Report of the Indian Hemp Drugs Commission, 1894-1895 - Volume I
Year: 1894
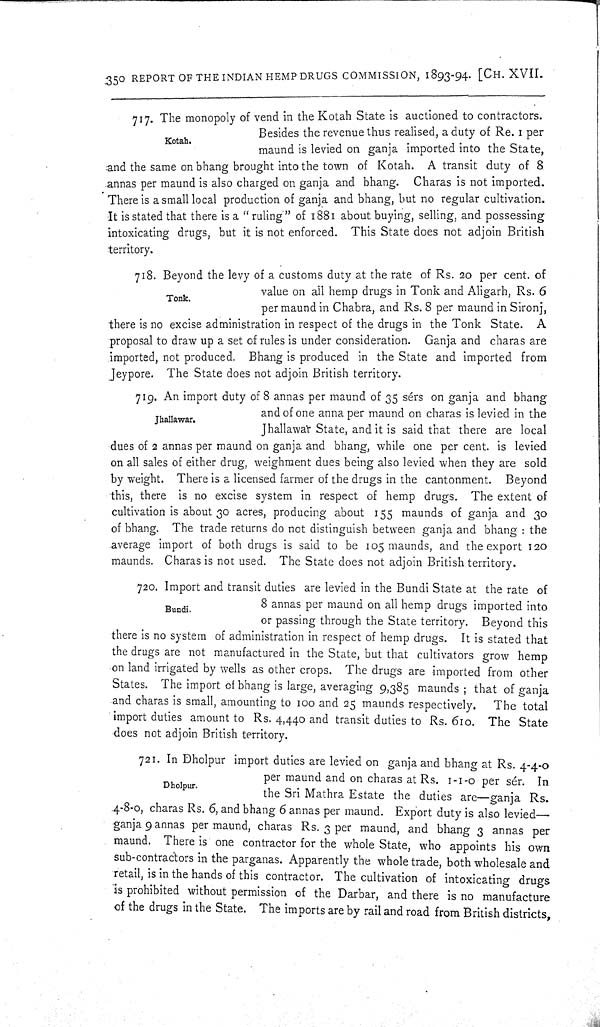
350 REPORT OF THE INDIAN HEMP DRUGS COMMISSION, 1893-94. [CH. XVII.
Kotah.
717. The monopoly of vend in the Kotah State is auctioned to contractors.
Besides the revenue thus realised, a duty of Re. 1 per
maund is levied on ganja imported into the State,
and the same on bhang brought into the town of Kotah. A transit duty of 8
annas per maund is also charged on ganja and bhang. Charas is not imported.
There is a small local production of ganja and bhang, but no regular cultivation.
It is stated that there is a "ruling" of 1881 about buying, selling, and possessing
intoxicating drugs, but it is not enforced. This State does not adjoin British
territory.
Tonk.
718. Beyond the levy of a customs duty at the rate of Rs. 20 per cent. of
value on all hemp drugs in Tonk and Aligarh, Rs. 6
per maund in Chabra, and Rs. 8 per maund in Sironj,
there is no excise administration in respect of the drugs in the Tonk State. A
proposal to draw up a set of rules is under consideration. Ganja and charas are
imported, not produced. Bhang is produced in the State and imported from
Jeypore. The State does not adjoin British territory.
Jhallawar.
719. An import duty of 8 annas per maund of 35 sérs on ganja and bhang
and of one anna per maund on charas is levied in the
Jhallawar State, and it is said that there are local
dues of 2 annas per maund on ganja and bhang, while one per cent. is levied
on all sales of either drug, weighment dues being also levied when they are sold
by weight. There is a licensed farmer of the drugs in the cantonment. Beyond
this, there is no excise system in respect of hemp drugs. The extent of
cultivation is about 30 acres, producing about 155 maunds of ganja and 30
of bhang. The trade returns do not distinguish between ganja and bhang: the
average import of both drugs is said to be 105 maunds, and the export 120
maunds. Charas is not used. The State does not adjoin British territory.
Bundi.
720. Import and transit duties are levied in the Bundi State at the rate of
8 annas per maund on all hemp drugs imported into
or passing through the State territory. Beyond this
there is no system of administration in respect of hemp drugs. It is stated that
the drugs are not manufactured in the State, but that cultivators grow hemp
on land irrigated by wells as other crops. The drugs are imported from other
States. The import of bhang is large, averaging 9,385 maunds; that of ganja
and charas is small, amounting to 100 and 25 maunds respectively.
The total
import duties amount to Rs. 4,440 and transit duties to Rs. 610. The State
does not adjoin British territory.
Dholpur.
721. In Dholpur import duties are levied on ganja and bhang at Rs. 4-4-0
per maund and on charas at Rs. 1-1-0 per sér. In
the Sri Mathra Estate the duties are—ganja Rs.
4-8-0, charas Rs. 6, and bhang 6 annas per maund. Export duty is also levied—
ganja 9 annas per maund, charas Rs. 3 per maund, and bhang 3 annas per
maund. There is one contractor for the whole State, who appoints his own
sub-contractors in the parganas. Apparently the whole trade, both wholesale and
retail, is in the hands of this contractor. The cultivation of intoxicating drugs
is prohibited without permission of the Darbar, and there is no manufacture
of the drugs in the State. The imports are by rail and road from British districts,